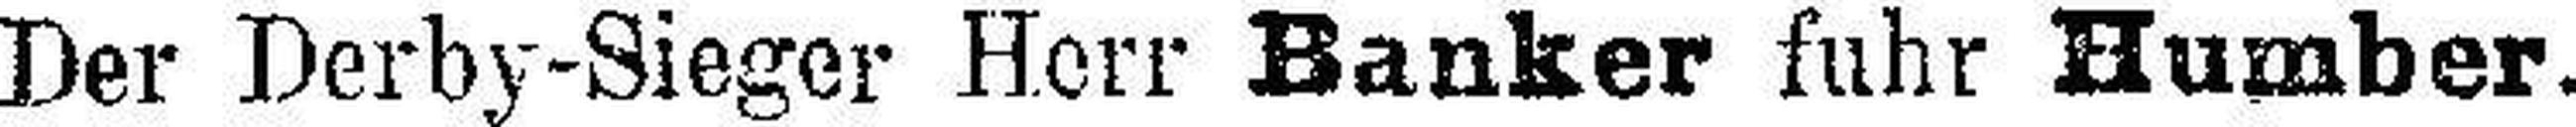
Der Derby-Sieger Herr Banker fuhr Humber.